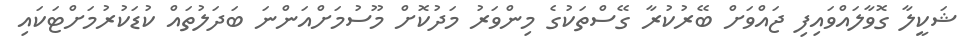
ޝަކީލާ ގޮވާލައްވައިފި ޖައްވަށް ބޭރުކުރާ ގޭސްތަކުގެ މިންވަރު މަދުކޮށް މޫސުމަށްއަންނަ ބަދަލުތައް ކުޑަކުރުމަށްޓަކައި